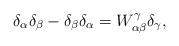
LaTeX: \begin{align*}\delta _{\alpha }\delta _{\beta }-\delta _{\beta }\delta _{\alpha}=W_{\alpha \beta }^{\gamma }\delta _{\gamma },\end{align*}